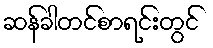
ဆန်ခါတင်စာရင်းတွင်